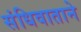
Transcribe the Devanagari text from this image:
संधिवाताने